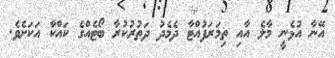
އޭނާ އުޅެނީ މާލެ އާއި ތިމަރަފުއްޓާ ދެމެދު ދަތުރުކުރާ ބޯޓެއްގެ ކައްކާ އަކަށެވެ.